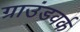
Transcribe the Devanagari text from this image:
ग्राउंडवर्क